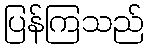
ပြန်ကြသည်